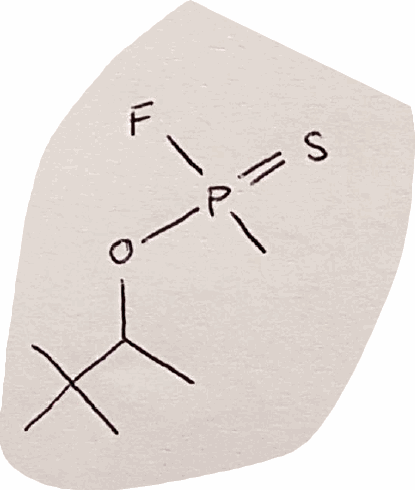
Simplified molecular-input line-entry system (SMILES) notation of the given molecule:
CC(C(C)(C)C)OP(=S)(C)F